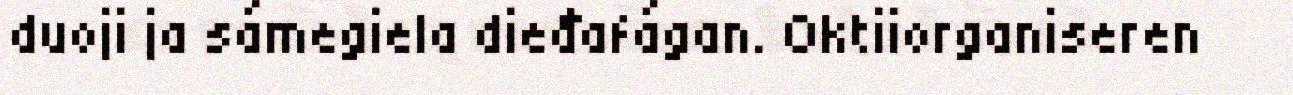
duoji ja sámegiela dieđafágan. Oktiiorganiseren